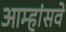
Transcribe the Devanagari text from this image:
आम्हांसवे